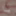
يا